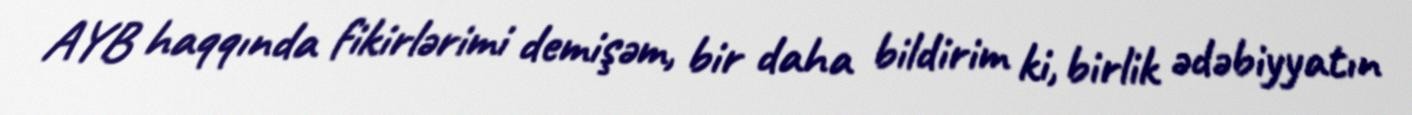
AYB haqqında fikirlərimi demişəm, bir daha bildirim ki, birlik ədəbiyyatın